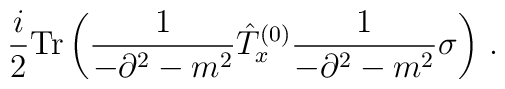
\frac{i}{2}{\rm Tr}\left(\frac{1}{-\partial^2-m^2}\hat{T}^{(0)}_x \frac{1}{-\partial^2-m^2}\sigma\right)\,.